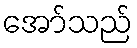
အော်သည်